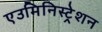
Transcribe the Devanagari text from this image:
एउमिनिस्ट्रेशन